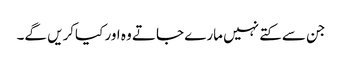
جن سے کتے نہیں مارے جاتے وہ اور کیاکریں گے۔